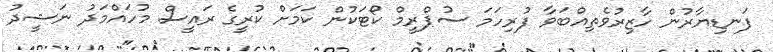
ފަނޑިޔާރުން ހާޒިރުވެތިއްބަވާ ފުރިހަމަ ސުޕްރީމް ކޯޓަކުން ކަމަށް ކުރީގެ ރައީސް މުހައްމަދު ނަޝީދު